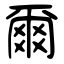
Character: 爾